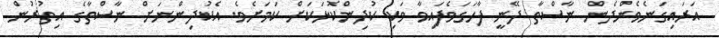
އަރައިގަނެވެންދެން ނާސްތާ ދޭނީ ފާހަގަވެފައިވާ ވަކި ކުދިންކޮޅަކަށް ކަމަށެވެ. އެކުދިންނަށް ނާސްތާގެ އިތުރުން